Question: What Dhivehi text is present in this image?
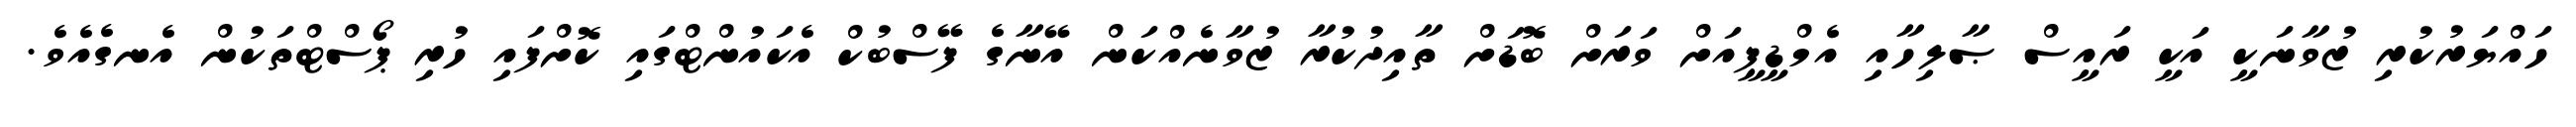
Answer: ހައްޔަރުކުރި ޒުވާނަކީ އަކީ ރައީސް ޞާލިހާއި އެމްޑީޕީއަށް ވަރަށް ބޮޑަށް ތާއިދުކުރާ ޒުވާނެއްކަން އޭނާގެ ފޭސްބުކް އެކައުންޓްގައި ކޮށްފައި ހުރި ޕޯސްޓްތަކުން އެނގެއެވެ.